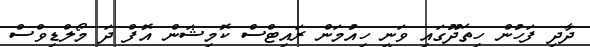
ދާދި ފަހުން ހިތަދޫގައި ވަނީ ހިއުމަން ރައިޓްސް ކޮމިޝަން އޮފް ދަ މޯލްޑިވްސް